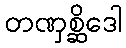
တဏှစ္ဆိဒေါ